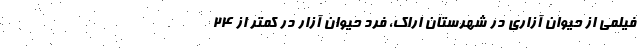
فیلمی از حیوان آزاری در شهرستان اراک، فرد حیوان آزار در کمتر از ۲۴